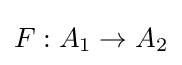
F:A_{1}\to A_{2}